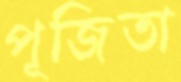
পূজিতা